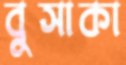
বুসাকা